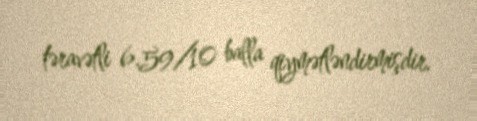
təravətli 6.59/10 balla qiymətləndirmişdir.